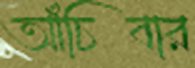
আঁচিবার